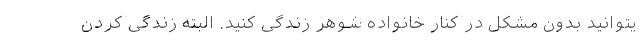
یتوانید بدون مشکل در کنار خانواده شوهر زندگی کنید. البته زندگی کردن